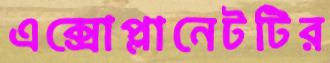
এক্সোপ্লানেটটির